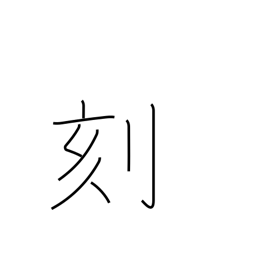
Meaning: hash